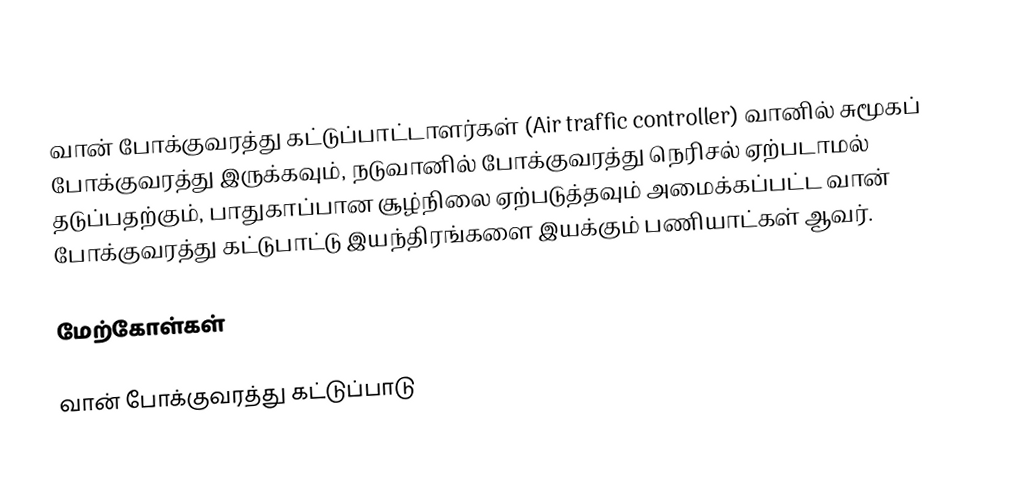
வான் போக்குவரத்து கட்டுப்பாட்டாளர்கள் (Air traffic controller) வானில் சுமூகப் போக்குவரத்து இருக்கவும், நடுவானில் போக்குவரத்து நெரிசல் ஏற்படாமல் தடுப்பதற்கும், பாதுகாப்பான சூழ்நிலை ஏற்படுத்தவும் அமைக்கப்பட்ட வான் போக்குவரத்து கட்டுபாட்டு இயந்திரங்களை இயக்கும் பணியாட்கள் ஆவர்.

மேற்கோள்கள்

வான் போக்குவரத்து கட்டுப்பாடு